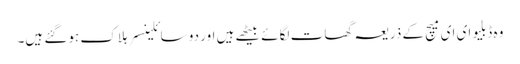
وہ ڈبلیو ای ای میچ کے ذریعہ گھات لگائے بیٹھے ہیں اور دو سائلینسر ہلاک ہوگئے ہیں۔